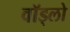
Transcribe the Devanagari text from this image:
वॉड्लो